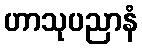
ဟာသုပညာနံ